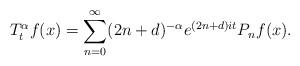
LaTeX: \begin{align*}T_{t}^{\alpha}f(x)=\sum_{n=0}^{\infty}(2n+d)^{-\alpha}e^{(2n+d)it}P_{n}f(x).\end{align*}